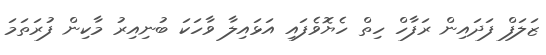
ޒަލަފް ފަދައިން ރަފާހް ހިތް ހެޔޮވެފައި އަޅައިލާ ވާހަކަ ބުނިއިރު މާކިން ފުރަތަމަ